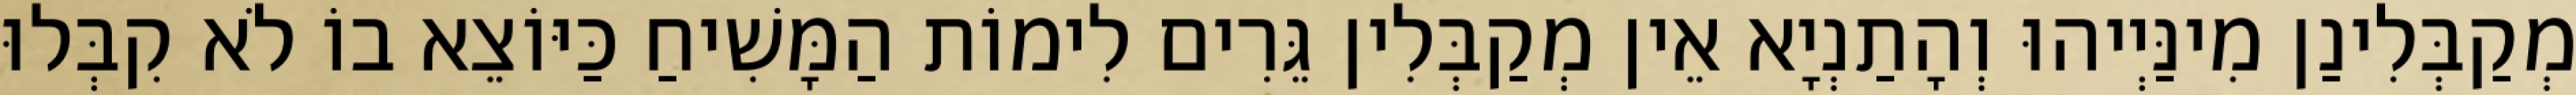
מְקַבְּלִינַן מִינַּיְיהוּ וְהָתַנְיָא אֵין מְקַבְּלִין גֵּרִים לִימוֹת הַמָּשִׁיחַ כַּיּוֹצֵא בוֹ לֹא קִבְּלוּ